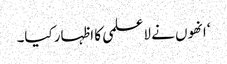
‘ انھوں نے لاعلمی کا اظہار کیا۔